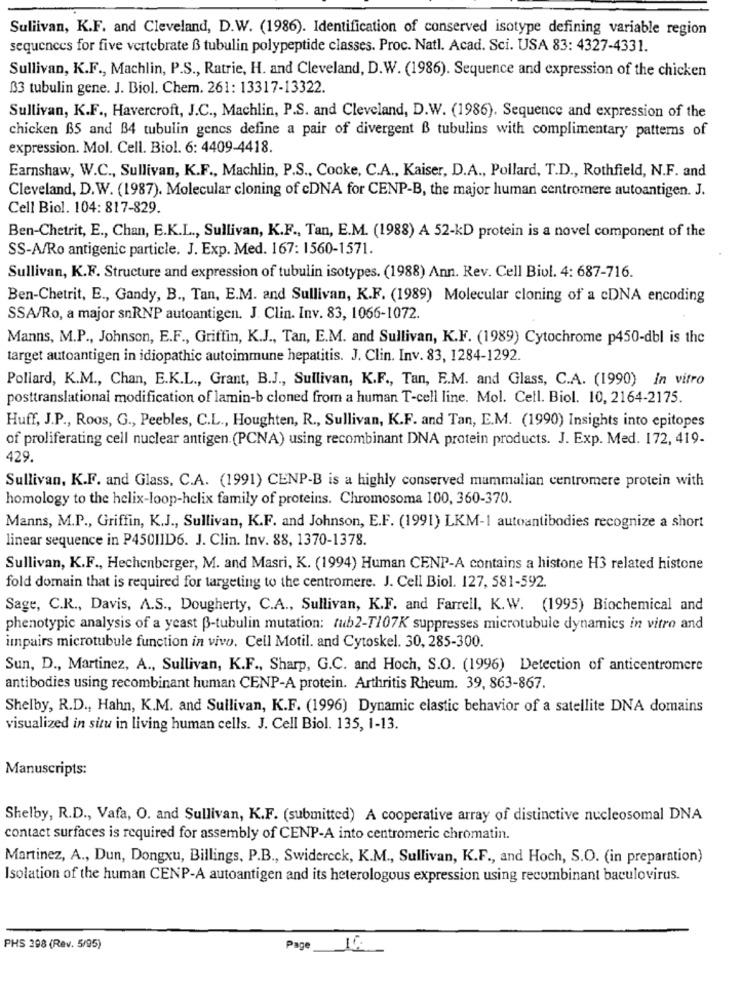
Sullivan, K.F. and Cleveland, D.W. (1986). Identification of conserved isotype defining variable region
sequences for five vertebrate ß tubulin polypeptide classes. Proc. Natl. Acad. Sci. USA 83: 4327-4331.
Sullivan, K.F ., Machlin, P.S ., Ratrie, H. and Cleveland, D.W. (1986). Sequence and expression of the chicken
033 tubulin gene. J. Biol. Chem. 261: 13317-13322.
Sullivan, K.F ., Havercroft, J.C ., Machlin, P.S. and Cleveland, D.W. (1986). Sequence and expression of the
chicken B5 and B4 tubulin genes define a pair of divergent B tubulins with complimentary patterns of
expression. Mol. Cell. Biol. 6: 4409-4418.
Earnshaw, W.C ., Sullivan, K.F ., Machlin, P.S ., Cooke, C.A ., Kaiser, D.A ., Pollard, T.D ., Rothfield, N.F. and
Cleveland, D.W. (1987). Molecular cloning of cDNA for CENP-B, the major human centromere autoantigen. J.
Cell Biol. 104: 817-829.
Ben-Chetrit, E ., Chan, E.K.L ., Sullivan, K.F ., Tan, E.M. (1988) A 52-kD protein is a novel component of the
SS-A/Ro antigenic particle. J. Exp. Med. 167: 1560-1571.
Sullivan, K.F. Structure and expression of tubulin isotypes. (1988) Ann. Rev. Cell Biol. 4: 687-716.
Ben-Chetrit, E ., Gandy, B ., Tan, E.M. and Sullivan, K.F. (1989) Molecular cloning of a cDNA encoding
SSA/Ro, a major snRNP autoantigen. J. Clin. Inv. 83, 1066-1072.
Manns, M.P ., Johnson, E.F ., Griffin, K.J ., Tan, E.M. and Sullivan, K.F. (1989) Cytochrome p450-dbl is the
target autoantigen in idiopathic autoimmune hepatitis. J. Clin. Inv. 83, 1284-1292.
Pollard, K.M ., Chan, E.K.L ., Grant, B.J ., Sullivan, K.F ., Tan, E.M. and Glass, C.A. (1990) In vitro
posttranslational modification of lamin-b cloned from a human T-cell line. Mol. Cell. Biol. 10, 2164-2175.
Huff, J.P ., Roos, G ., Peebles, C.L ., Houghten, R ., Sullivan, K.F. and Tan, E.M. (1990) Insights into epitopes
of proliferating cell nuclear antigen. (PCNA) using recombinant DNA protein products. J. Exp. Med. 172, 419-
429.
Sullivan, K.F. and Glass, C.A. (1991) CENP-B is a highly conserved mammalian centromere protein with
homology to the helix-loop-helix family of proteins. Chromosoma 100, 360-370.
Manns, M.P ., Griffin, K.J ., Sullivan, K.F. and Johnson, E.F. (1991) LKM-1 autoantibodies recognize a short
linear sequence in P450IID6. J. Clin. Inv. 88, 1370-1378.
Sullivan, K.F ., Hechenberger, M. and Masri, K. (1994) Human CENP-A contains a histone H3 related histone
fold domain that is required for targeting to the centromere. J. Cell Biol. 127, 581-592.
Sage, C.R ., Davis, A.S ., Dougherty, C.A ., Sullivan, K.F. and Farrell, K.W. (1995) Biochemical and
phenotypic analysis of a yeast B-tubulin mutation: tub2-T107K suppresses microtubule dynamics in vitro and
impairs microtubule function in vivo. Cell Motil. and Cytoskel. 30, 285-300.
Sun, D ., Martinez, A ., Sullivan, K.F ., Sharp, G.C. and Hoch, S.O. (1996) Detection of anticentromere
antibodies using recombinant human CENP-A protein. Arthritis Rheum. 39, 863-867.
Shelby, R.D ., Hahn, K.M. and Sullivan, K.F. (1996) Dynamic elastic behavior of a satellite DNA domains
visualized in situ in living human cells. J. Cell Biol. 135, 1-13.
Manuscripts:
Shelby, R.D ., Vafa, O. and Sullivan, K.F. (submitted) A cooperative array of distinctive nucleosomal DNA
contact surfaces is required for assembly of CENP-A into centromeric chromatin.
Martinez, A ., Dun, Dongxu, Billings, P.B ., Swidereck, K.M ., Sullivan, K.F ., and Hoch, S.O. (in preparation)
Isolation of the human CENP-A autoantigen and its heterologous expression using recombinant baculovirus.
PHS 298 (Rev. 5/95)
Page